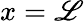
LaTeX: x=\mathscr{L}